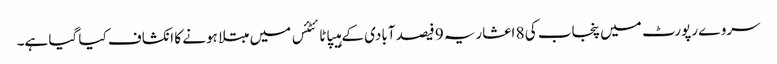
سروے رپورٹ میں پنجاب کی 8 اعشاریہ 9 فیصد آبادی کے ہیپاٹائٹئس میں مبتلا ہونے کا انکشاف کیا گیا ہے۔